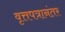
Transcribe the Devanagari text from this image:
वृत्तपत्रानंतर